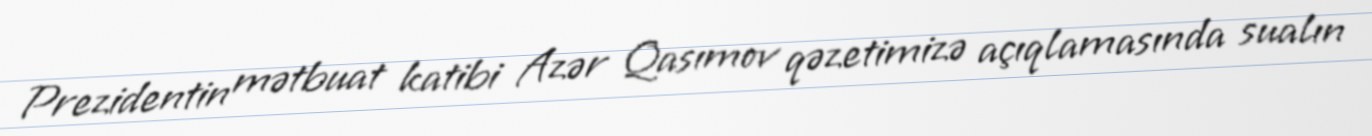
Prezidentin mətbuat katibi Azər Qasımov qəzetimizə açıqlamasında sualın